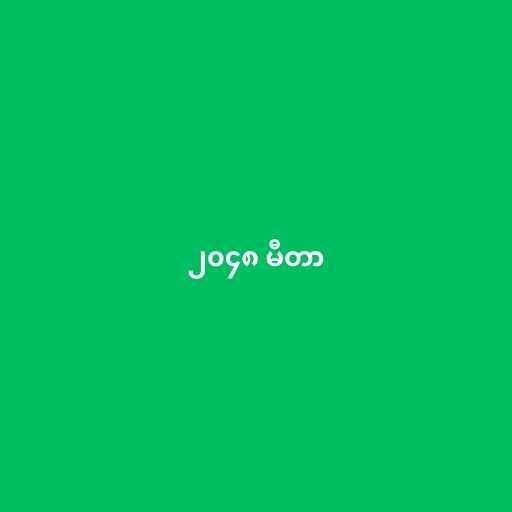
၂၀၄၈ မီတာ